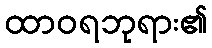
ထာဝရဘုရား၏